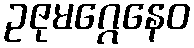
ဥဇုမဂ္ဂေနေဝ